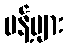
ပန့်များ